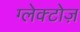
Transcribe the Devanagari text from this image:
ग्लेक्टोज़